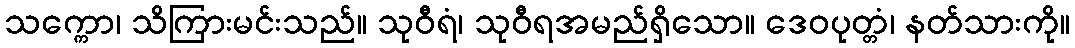
သက္ကော၊ သိကြားမင်းသည်။ သုဝီရံ၊ သုဝီရအမည်ရှိသော။ ဒေဝပုတ္တံ၊ နတ်သားကို။